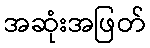
အဆုံးအဖြတ်